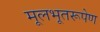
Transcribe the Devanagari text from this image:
मूलभूतरूपेण